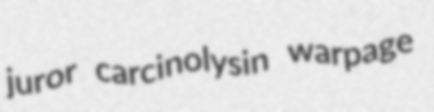
juror carcinolysin warpage